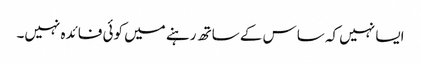
ایسا نہیں کہ ساس کے ساتھ رہنے میں کوئی فائدہ نہیں۔